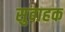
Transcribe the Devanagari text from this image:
सुवाहक